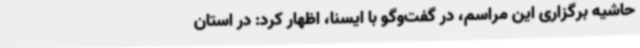
حاشیه برگزاری این مراسم، در گفت‌وگو با ایسنا، اظهار کرد: در استان